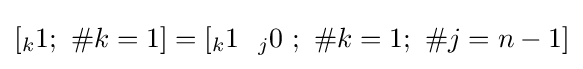
\left[{}_{k}1;\ \#k=1\right]=\left[{}_{k}1\ \ {}_{j}0\ ;\ \#k=1;\ \#j=n-1\right]